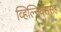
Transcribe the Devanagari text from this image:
व्हिल्नियससह